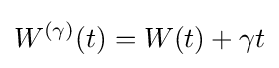
W^{(\gamma )}(t)=W(t)+\gamma t